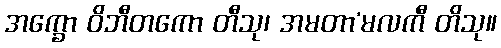
အက္ခော ဝိဘီတကော တီသု၊ အမတာ’မလကီ တိသု။